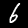
Label: 6